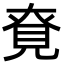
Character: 䙽